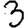
Digit: 3